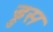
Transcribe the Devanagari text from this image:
ड्रुस